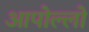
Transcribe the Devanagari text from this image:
आपोल्लो